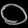
Digit: ၀